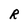
Character: R